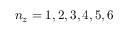
n _ { z } = 1 , 2 , 3 , 4 , 5 , 6